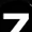
Digit: 7